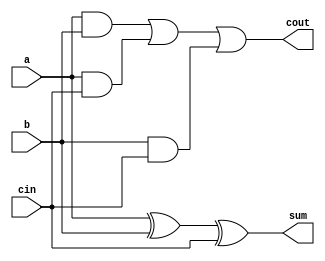
module adder_cell(
    input wire a, b, cin,
    output wire sum, cout
);

assign sum = a ^ b ^ cin;
assign cout = (a & b) | (a & cin) | (b & cin);

endmodule